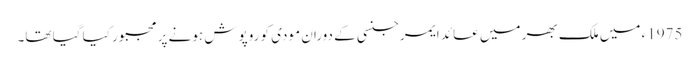
1975ء میں ملک بھر میں عائد ایمرجنسی کے دوران مودی کو روپوش ہونے پر مجبور کیا گیا تھا۔